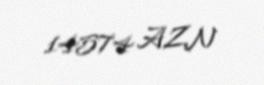
14574 AZN